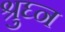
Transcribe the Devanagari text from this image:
श्रुघ्न